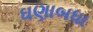
ઘણાબધા